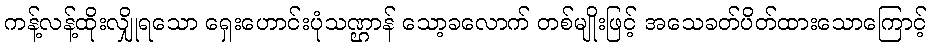
ကန့်လန့်ထိုးလျှိုရသော ရှေးဟောင်းပုံသဏ္ဌာန် သော့ခလောက် တစ်မျိုးဖြင့် အသေခတ်ပိတ်ထားသောကြောင့်